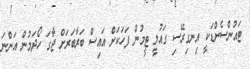
ޓައުންސެންޑަކީ އިނގިރޭސި ގައުމީ ޓީމުން ފަހަކަށް އައިސް ބަރާބަރަށް ޖާގަ ހޯދަމުން އަންނަ